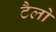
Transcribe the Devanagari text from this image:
टैलो